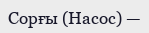
Сорғы (Насос) —